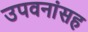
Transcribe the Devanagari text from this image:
उपवनांसह